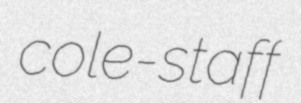
cole-staff